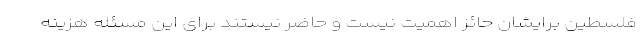
فلسطین برایشان حائز اهمیت نیست و حاضر نیستند برای این مسئله هزینه